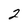
Character: 2